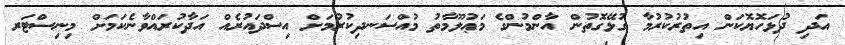
އަދި ދުޅަހޮޔޮކަން އިތުރުކުރުމާ ގުޅޭގޮތުން އާންމުންގެ މަޢުލޫމާތު މުއްސަނދިކުރުމަށް އިސްދައުރެއް އަދާކުރައްވާނެކަމަށް މިނިސްޓަރ